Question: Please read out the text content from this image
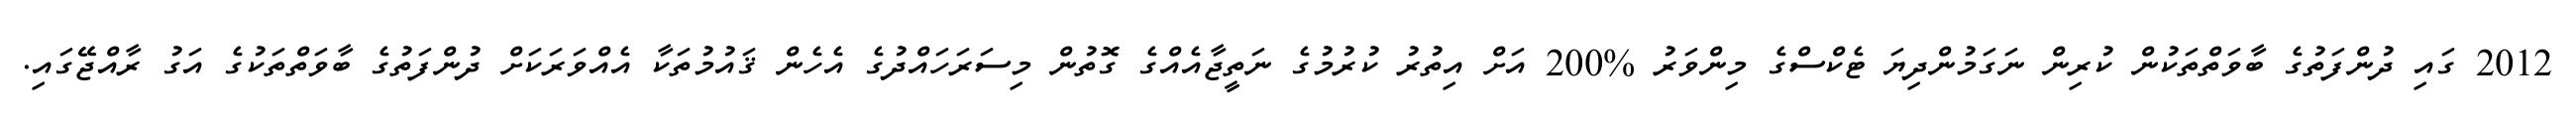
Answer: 2012 ގައި ދުންފަތުގެ ބާވަތްތަކުން ކުރިން ނަގަމުންދިޔަ ޓެކްސްގެ މިންވަރު %200 އަށް އިތުރު ކުރުމުގެ ނަތީޖާއެއްގެ ގޮތުން މިސަރަހައްދުގެ އެހެން ޤައުމުތަކާ އެއްވަރަކަށް ދުންފަތުގެ ބާވަތްތަކުގެ އަގު ރާއްޖޭގައި.